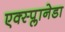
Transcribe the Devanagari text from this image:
एक्स्प्लानेडा